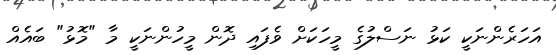
އަހަރެންނަކީ ކަޅު ނަސްލުގެ މީހަކަށް ވެފައި ދޮން މީހުންނަކީ މާ "މޮޅު" ބައެއް